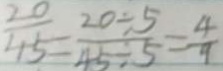
\frac { 2 0 } { 4 5 } = \frac { 2 0 \div 5 } { 4 5 \div 5 } = \frac { 4 } { 9 }